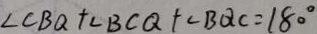
\angle C B Q + \angle B C Q + \angle B Q C = 1 8 0 ^ { \circ }